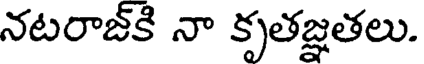
నటరాజ్కి నా కృతజ్ఞతలు.